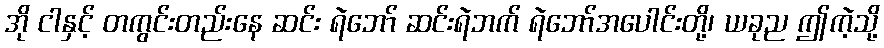
အို ငါနှင့် တကွင်းတည်းနေ ဆင်း ရဲဘော် ဆင်းရဲဘက် ရဲဘော်အပေါင်းတို့၊ ယခုည ဤကဲ့သို့